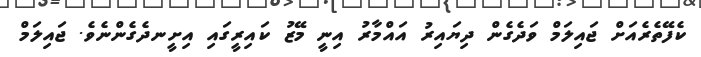
ކެފޭތެރެއަށް ޖައިލަމް ވަދެގެން ދިޔައިރު އައްމާރު އިނީ މޭޒު ކައިރީގައި އިށީނދެގެންނެވެ. ޖައިލަމް